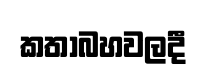
කතාබහවලදී